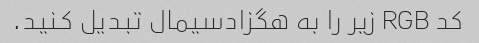
کد RGB زیر را به هگزادسیمال تبدیل کنید.